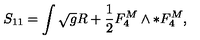
S _ { 1 1 } = \int \sqrt { g } R + \frac { 1 } { 2 } F _ { 4 } ^ { M } \wedge * F _ { 4 } ^ { M } ,